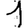
Digit: 1